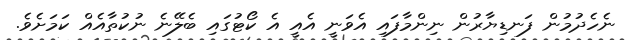
ނެހެދުމުން ފަނޑިޔާރުން ނިންމާފައި އެވަނީ އެއީ އެ ކޯޓުގައި ބެލޭނެ ނުކުތާއެއް ކަމަށެވެ.